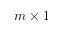
m \times 1